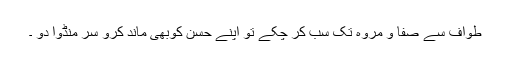
طواف سے صفا و مروہ تک سب کر چکے تو اپنے حسن کوبھی ماند کرو سر منڈوا دو ۔